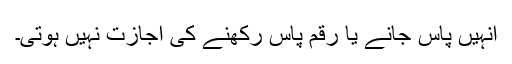
انہیں پاس جانے یا رقم پاس رکھنے کی اجازت نہیں ہوتی۔